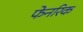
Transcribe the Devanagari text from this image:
फेनरिक